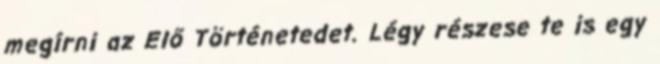
megírni az Elő Történetedet. Légy részese te is egy